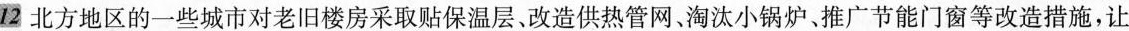
12 北方地区的一些城市对老旧楼房采取贴保温层改造供热管网，淘汰小锅炉、推广节能门窗等改造措施，让